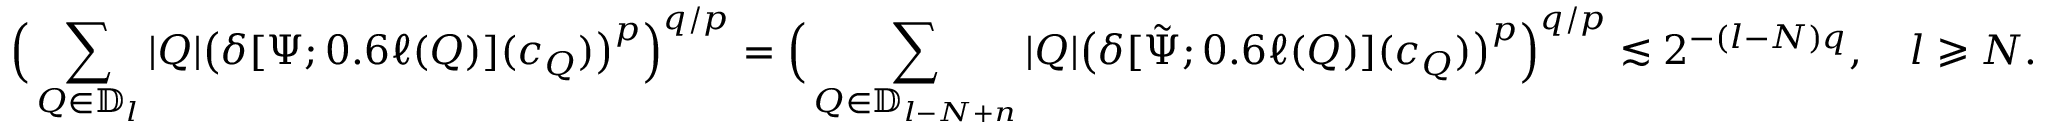
{ \Big ( \sum _ { Q \in \mathbb { D } _ { l } } | Q | \big ( \delta [ \Psi ; 0 . 6 \ell ( Q ) ] ( c _ { Q } ) \big ) ^ { p } \Big ) ^ { q / p } = \Big ( \sum _ { Q \in \mathbb { D } _ { l - N + n } } | Q | \big ( \delta [ \tilde { \Psi } ; 0 . 6 \ell ( Q ) ] ( c _ { Q } ) \big ) ^ { p } \Big ) ^ { q / p } \lesssim 2 ^ { - ( l - N ) q } , \quad l \geqslant N . }